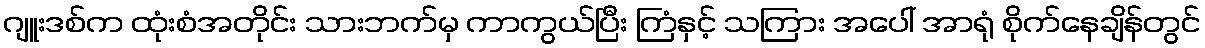
ဂျူးဒစ်က ထုံးစံအတိုင်း သားဘက်မှ ကာကွယ်ပြီး ကြံနှင့် သကြား အပေါ် အာရုံ စိုက်နေချိန်တွင်